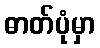
ဓာတ်ပုံမှာ